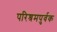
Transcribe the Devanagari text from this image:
परिश्रमपुर्वक